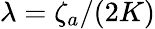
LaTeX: \lambda=\zeta_{a}/(2K)